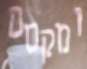
ומקסם